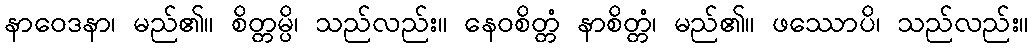
နာဝေဒနာ၊ မည်၏။ စိတ္တမ္ပိ၊ သည်လည်း။ နေဝစိတ္တံ နာစိတ္တံ၊ မည်၏။ ဖဿောပိ၊ သည်လည်း။